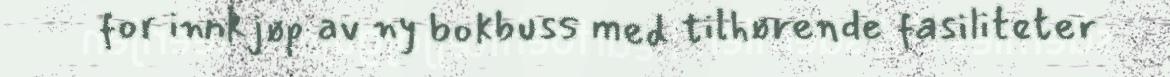
for innkjøp av ny bokbuss med tilhørende fasiliteter